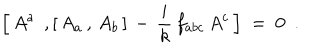
\Bigl [ \, A ^ { a } \; \, , [ \, A _ { a } \, , \, A _ { b } \, ] \, - \, \frac { i } { k } \, f _ { a b c } \, A ^ { c } \, \Bigr ] \ = \ 0 \ \ .